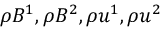
\rho B ^ { 1 } , \rho B ^ { 2 } , \rho u ^ { 1 } , \rho u ^ { 2 }